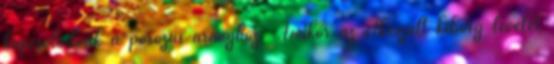
kapcsolódnak a porózus aranyhoz. Amikor az elkészült kiborg levelet